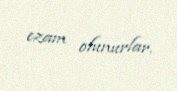
ezam olunurlar.